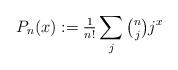
LaTeX: \begin{align*}P_n(x):={\tfrac1{n!}}\sum_{j}\tbinom njj^x\end{align*}